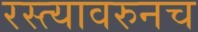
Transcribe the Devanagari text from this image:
रस्त्यावरुनच